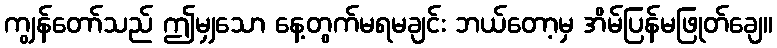
ကျွန်တော်သည် ဤမျှသော နေ့တွက်မရမချင်း ဘယ်တော့မှ အိမ်ပြန်မဖြုတ်ချေ။